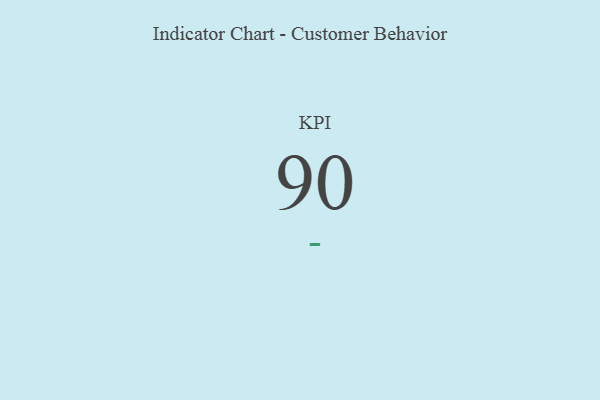
{"axis": {"x": "KPI", "y": "Value"}, "legend": [""], "data": [{"x": "KPI", "y": 90, "type": ""}]}